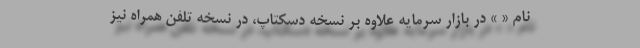
نام « » در بازار سرمایه علاوه بر نسخه دسکتاپ، در نسخه تلفن همراه نیز